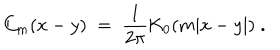
LaTeX: C _ { m } ( x - y ) \; = \; \frac { 1 } { 2 \pi } \mathrm { K } _ { 0 } ( m | x - y | ) \; .